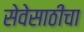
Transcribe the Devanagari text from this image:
सेवेसाठीचा